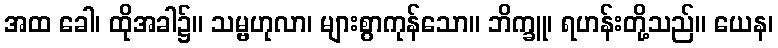
အထ ခေါ၊ ထိုအခါ၌။ သမ္ဗဟုလာ၊ များစွာကုန်သော။ ဘိက္ခူ၊ ရဟန်းတို့သည်။ ယေန၊